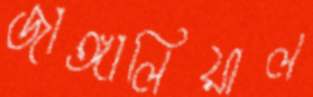
জাঙ্গালিয়াল